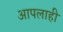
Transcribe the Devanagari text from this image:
आपलाही